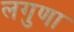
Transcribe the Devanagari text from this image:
लगुणा